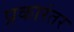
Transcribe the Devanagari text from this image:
प्रकारंतर